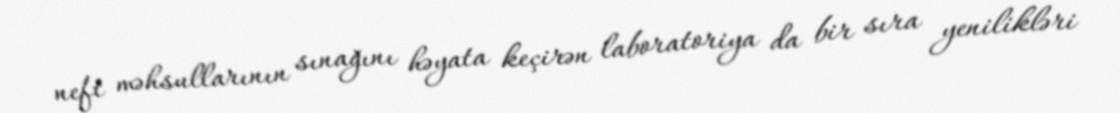
neft məhsullarının sınağını həyata keçirən laboratoriya da bir sıra yenilikləri